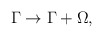
\begin{align*}\Gamma\rightarrow \Gamma+\Omega , \end{align*}